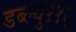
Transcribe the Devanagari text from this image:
डब्ल्यु११६